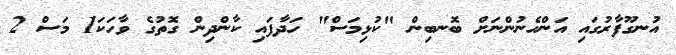
އުނގޫފާރުގައި އަންހެނުންނަށް ބޮނބިން "ކުޅިމަސް" ހަދާފައި ކާންދިން ގޮތުގެ ވާހަކަ1 މަސް 2